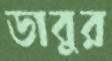
ডাবুর